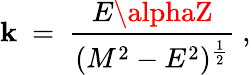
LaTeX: \mathbf{k}\ =\ {\frac{{E\alphaZ}}{{(M^{2}-E^{2})^{\frac{{1}}{{2}}}}}}\ ,